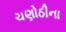
ચણોઠીના